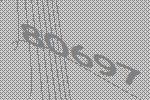
80697